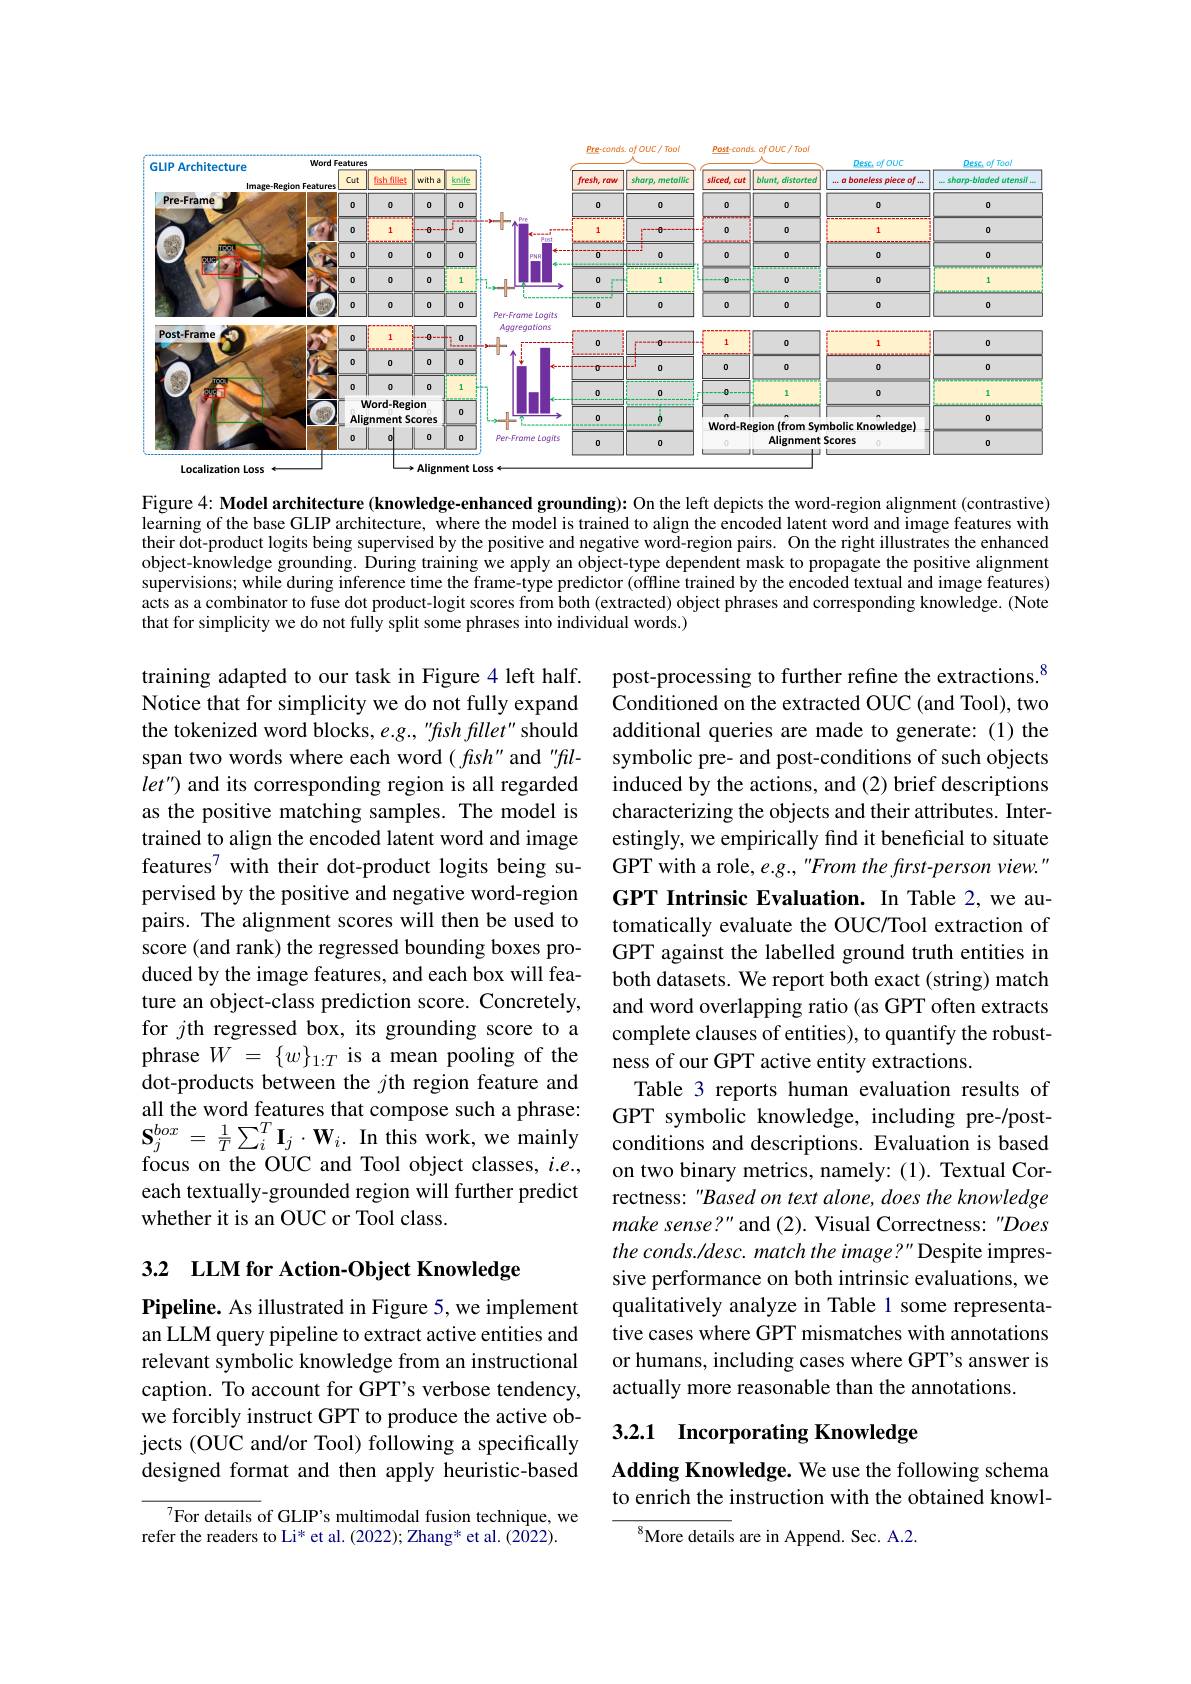
<FigureHere>
Localization Loss
Alignment Loss

Figure 4: Model architecture (knowledge-enhanced grounding): On the left depicts the word-region alignment (contrastive) learning of the base GLIP architecture, where the model is trained to align the encoded latent word and image features with their dot-product logits being supervised by the positive and negative word-region pairs. On the right illustrates the enhanced object-knowledge grounding. During training we apply an object-type dependent mask to propagate the positive alignment supervisions; while during inference time the frame-type predictor (offline trained by the encoded textual and image features) acts as a combinator to fuse dot product-logit scores from both (extracted) object phrases and corresponding knowledge. (Note that for simplicity we do not fully split some phrases into individual words.)

training adapted to our task in Figure 4 left half. Notice that for simplicity we do not fully expand the tokenized word blocks, e.g., "fish fillet" should span two words where each word $(fish^{\prime\prime}$ and "fillet') and its corresponding region is all regarded as the positive matching samples. The model is trained to align the encoded latent word and image features$^{7}$ with their dot-product logits being supervised by the positive and negative word-region pairs. The alignment scores will then be used to score (and rank) the regressed bounding boxes produced by the image features, and each box will feature an object-class prediction score. Concretely, for $j$th regressed box, its grounding score to a phrase $W=\{w\}_{1:T}$ is a mean pooling of the dot-products between the $j$th region feature and all the word features that compose such a phrase: $\mathbf{S}_{j}^{box}=\frac{1}{T}\sum_{i}^{T}\mathbf{I}_{j}\cdot\mathbf{W}_{i}.$ In this work, we mainly focus on the OUC and Tool object classes, $i.e.$, each textually-grounded region will further predict whether it is an OUC or Tool class.

post-processing to further refine the extractions.$^{8}$ Conditioned on the extracted OUC (and Tool), two additional queries are made to generate: (1) the symbolic pre- and post-conditions of such objects induced by the actions, and (2) brief descriptions characterizing the objects and their attributes. Interestingly, we empirically find it beneficial to situate GPT with a role, e.g., "From the first-person view. " GPT Intrinsic Evaluation. In Table 2,we automatically evaluate the OUC/Tool extraction of GPT against the labelled ground truth entities in both datasets. We report both exact (string) match and word overlapping ratio (as GPT often extracts complete clauses of entities), to quantify the robustness of our GPT active entity extractions.
Table 3 reports human evaluation results of GPT symbolic knowledge, including pre-/postconditions and descriptions. Evaluation is based on two binary metrics, namely: (1). Textual Correctness: "Based on text alone, does the knowledge make sense?" and (2). Visual Correctness: "Does the conds./desc. match the image?" Despite impressive performance on both intrinsic evaluations, we qualitatively analyze in Table 1 some representative cases where GPT mismatches with annotations or humans, including cases where GPT's answer is actually more reasonable than the annotations.

# 3.2 LLM for Action-Object Knowledge

Pipeline. As illustrated in Figure 5, we implement an LLM query pipeline to extract active entities and relevant symbolic knowledge from an instructional caption. To account for GPT's verbose tendency, we forcibly instruct GPT to produce the active objects (OUC and/or Tool) following a specifically designed format and then apply heuristic-based

## 3.2.1 Incorporating Knowledge

## Adding Knowledge. We use the following schema to enrich the instruction with the obtained knowl-

$^{7}$For details of GLIP's multimodal fusion technique, we
refer the readers to Li* et al. (2022); Zhang* et al. (2022).

$^{8}$More details are in Append. Sec. A.2.